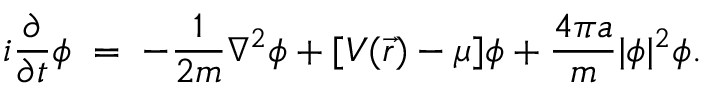
i { \frac { \partial } { \partial t } } \phi \; = \; - { \frac { 1 } { 2 m } } \nabla ^ { 2 } \phi + [ V ( \vec { r } ) - \mu ] \phi + { \frac { 4 \pi a } { m } } | \phi | ^ { 2 } \phi .